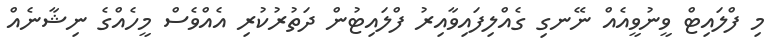
މި ފްލައިޓް ވީނުވީއެއް ނޭނގި ގެއްލިފައިވާއިރު ފްލައިޓުން ދަތުރުކުރި އެއްވެސް މީހެއްގެ ނިޝާނެއް